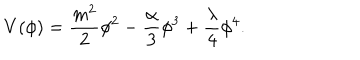
LaTeX: V ( \phi ) = \frac { m ^ { 2 } } { 2 } \phi ^ { 2 } - \frac { \alpha } { 3 } \phi ^ { 3 } + \frac { \lambda } { 4 } \phi ^ { 4 } .